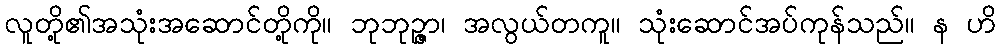
လူတို့၏အသုံးအဆောင်တို့ကို။ ဘုဘုဉ္ဇာ၊ အလွယ်တကူ။ သုံးဆောင်အပ်ကုန်သည်။ န ဟိ